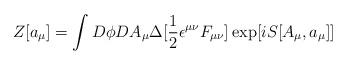
LaTeX: \begin{align*}Z[a_{\mu}]=\int D \phi D A_{\mu} \Delta[\frac {1}{2} \epsilon^{\mu \nu} F_{\mu \nu}]\exp[i S[A_{\mu},a_{\mu}]]\end{align*}